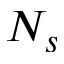
N _ { s }